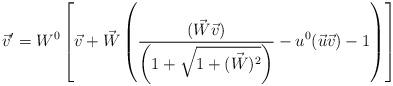
LaTeX: \begin{align*}\vec{v}' = W^0 \left[\vec{v} + \vec{W} \left(\frac{(\vec{W} \vec{v})}{\left(1 + \sqrt{1 + (\vec{W})^2}\right)} - u^0 (\vec{u} \vec{v}) - 1\right)\right]\end{align*}